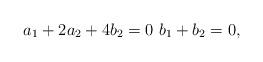
LaTeX: \begin{align*} a_1 + 2a_2 + 4 b_2=0 \, \, b_1 + b_2= 0 , \end{align*}